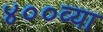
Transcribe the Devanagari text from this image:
४००व्या